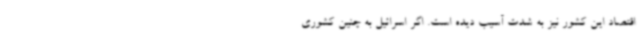
اقتصاد این کشور نیز به شدت آسیب دیده است. اگر اسرائیل به چنین کشوری